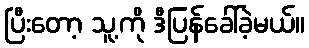
ပြီးတော့ သူ့ကို ဒီပြန်ခေါ်ခဲ့မယ်။